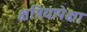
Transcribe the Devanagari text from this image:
क्षत्रियापेक्षा